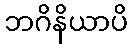
ဘဂိနိယာပိ